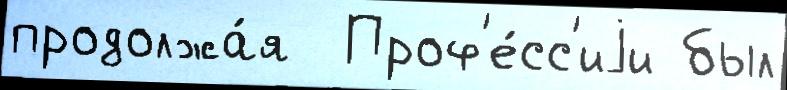
продолжа́я  Проф'е́сс'иjи был